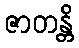
ဇာတန္တိ